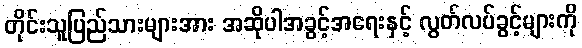
တိုင်းသူပြည်သားများအား အဆိုပါအခွင့်အရေးနှင့် လွတ်လပ်ခွင့်များကို